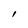
Character: l